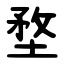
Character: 堥